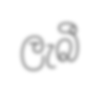
ලැබී